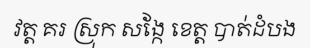
វត្ត គរ ស្រុក សង្កែ ខេត្ត បាត់ដំបង